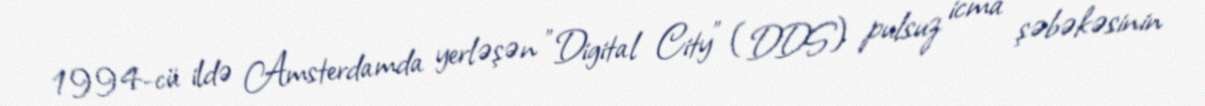
1994-cü ildə Amsterdamda yerləşən "Digital City" (DDS) pulsuz icma şəbəkəsinin